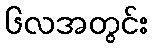
၆လအတွင်း